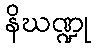
နိဃဏ္ဍု